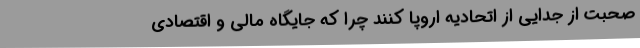
صحبت از جدایی از اتحادیه اروپا کنند چرا که جایگاه مالی و اقتصادی